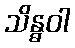
သိန္ဓဝါ